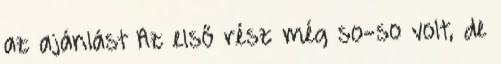
az ajánlást Az első rész még so-so volt, de